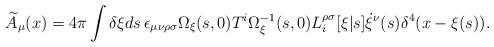
LaTeX: \begin{align*}\widetilde{A}_{\mu}(x)=4\pi\int \delta\xi ds\, \epsilon_{\mu\nu\rho\sigma}{\Omega}_{\xi}(s,0)T^{i}{\Omega}_{\xi}^{-1}(s,0)L^{\rho\sigma}_{i}[\xi|s]\dot{\xi}^{\nu}(s)\delta^{4}(x-\xi(s)).\end{align*}